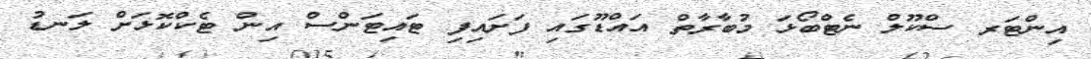
އިންޓަރ ސްކޫލް ނެޓްބޯޅަ މުބާރާތް އައްޑޫގައި ފަށައިފި ޓައިޓަންސް އިން ޓެކްކޮޅަށް ލަނޑު